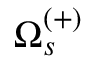
\Omega _ { s } ^ { ( + ) }